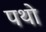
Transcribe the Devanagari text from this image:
पथो